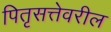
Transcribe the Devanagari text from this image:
पितृसत्तेवरील